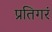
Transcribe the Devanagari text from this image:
प्रतिगरं